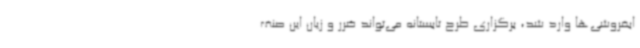
ابفروشی‌ها وارد شد، برگزاری طرح تابستانه می‌تواند ضرر و زیان این صنف